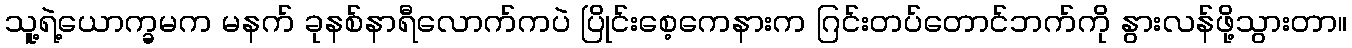
သူ့ရဲ့ယောက္ခမက မနက် ခုနစ်နာရီလောက်ကပဲ ပြိုင်းစေ့ကေနားက ဂြင်းတပ်တောင်ဘက်ကို နွားလန်ဖို့သွားတာ။